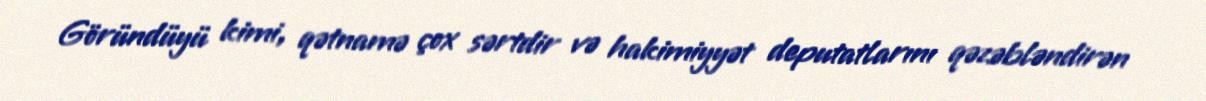
Göründüyü kimi, qətnamə çox sərtdir və hakimiyyət deputatlarını qəzəbləndirən